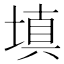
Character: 填